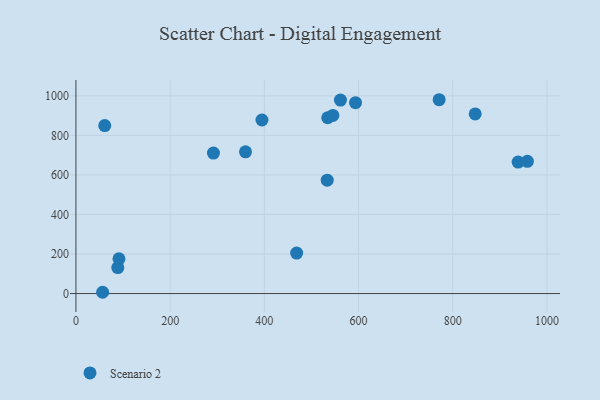
{"axis": {"x": "Ad Spend", "y": "Demand"}, "legend": ["Scenario 2"], "data": [{"x": "847.6", "y": 908.7, "type": "Scenario 2"}, {"x": "91.4", "y": 175.9, "type": "Scenario 2"}, {"x": "593.6", "y": 965.6, "type": "Scenario 2"}, {"x": "292.0", "y": 710.5, "type": "Scenario 2"}, {"x": "938.7", "y": 665.3, "type": "Scenario 2"}, {"x": "88.9", "y": 131.5, "type": "Scenario 2"}, {"x": "394.9", "y": 878.0, "type": "Scenario 2"}, {"x": "61.2", "y": 849.7, "type": "Scenario 2"}, {"x": "561.6", "y": 978.8, "type": "Scenario 2"}, {"x": "534.5", "y": 889.3, "type": "Scenario 2"}, {"x": "56.7", "y": 6.5, "type": "Scenario 2"}, {"x": "468.6", "y": 204.9, "type": "Scenario 2"}, {"x": "771.1", "y": 980.5, "type": "Scenario 2"}, {"x": "360.0", "y": 717.0, "type": "Scenario 2"}, {"x": "545.4", "y": 901.2, "type": "Scenario 2"}, {"x": "958.4", "y": 668.8, "type": "Scenario 2"}, {"x": "533.5", "y": 573.3, "type": "Scenario 2"}]}